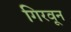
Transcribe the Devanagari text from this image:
गिरवून